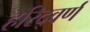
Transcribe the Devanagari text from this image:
हरिद्वर्ण